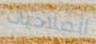
الصلاحيات